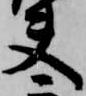
夫